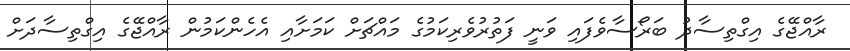
ރާއްޖޭގެ އިގްތިސާދު ބަރޯސާވެފައި ވަނީ ފަތުރުވެރިކަމުގެ މައްޗަށް ކަމަށާއި އެހެންކަމުން ރާއްޖޭގެ އިގްތިސާދަށް